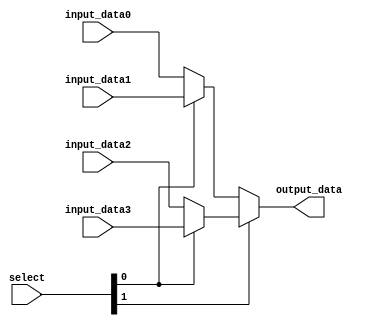
`timescale 1ns / 1ps
//////////////////////////////////////////////////////////////////////////////////
// Company: 
// Engineer: 
// 
// Design Name: 
// Module Name:    MUX3241 
// Project Name: 
// Target Devices: 
// Tool versions: 
// Description: 
//
// Dependencies: 
//
// Revision: 
// Revision 0.01 - File Created
// Additional Comments: 
//
//////////////////////////////////////////////////////////////////////////////////
module MUX3241(
    input [31:0] input_data0,
    input [31:0] input_data1,
    input [31:0] input_data2,
    input [31:0] input_data3,
    input [1:0] select,
    (* KEEP = "TRUE" *)output [31:0] output_data
    );
	
	assign output_data = (select[1] == 1'b0)? (select[0] == 1'b0)? input_data0 : input_data1
														 : (select[0] == 1'b0)? input_data2 : input_data3;
														 

endmodule